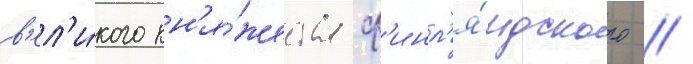
в'ел'и́кого кн'я́жества ф'инл'я́ндского //